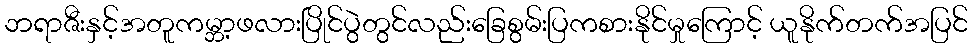
ဘရာဇီးနှင့်အတူကမ္ဘာ့ဖလားပြိုင်ပွဲတွင်လည်းခြေစွမ်းပြကစားနိုင်မှုကြောင့် ယူနိုက်တက်အပြင်